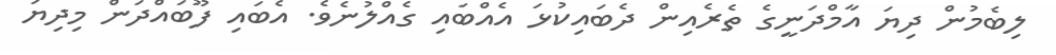
ލިބެމުން ދިޔަ އާމްދަނީގެ ތެރެއިން ދެބައިކުޅަ އެއްބައި ގެއްލުނެވެ. އެބައި ފޫބައްދަން މިދިޔަ